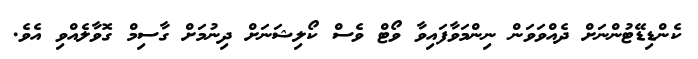
ކެންޑިޑޭޓުންނަށް ދެއްވަވަން ނިންމަވާފައިވާ ވޯޓް ވެސް ކޯލިޝަނަށް ދިނުމަށް ގާސިމް ގޮވާލެއްވި އެވެ.